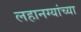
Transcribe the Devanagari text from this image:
लहानग्यांच्या